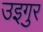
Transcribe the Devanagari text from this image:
उइगुर